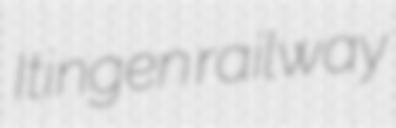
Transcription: Itingen railway